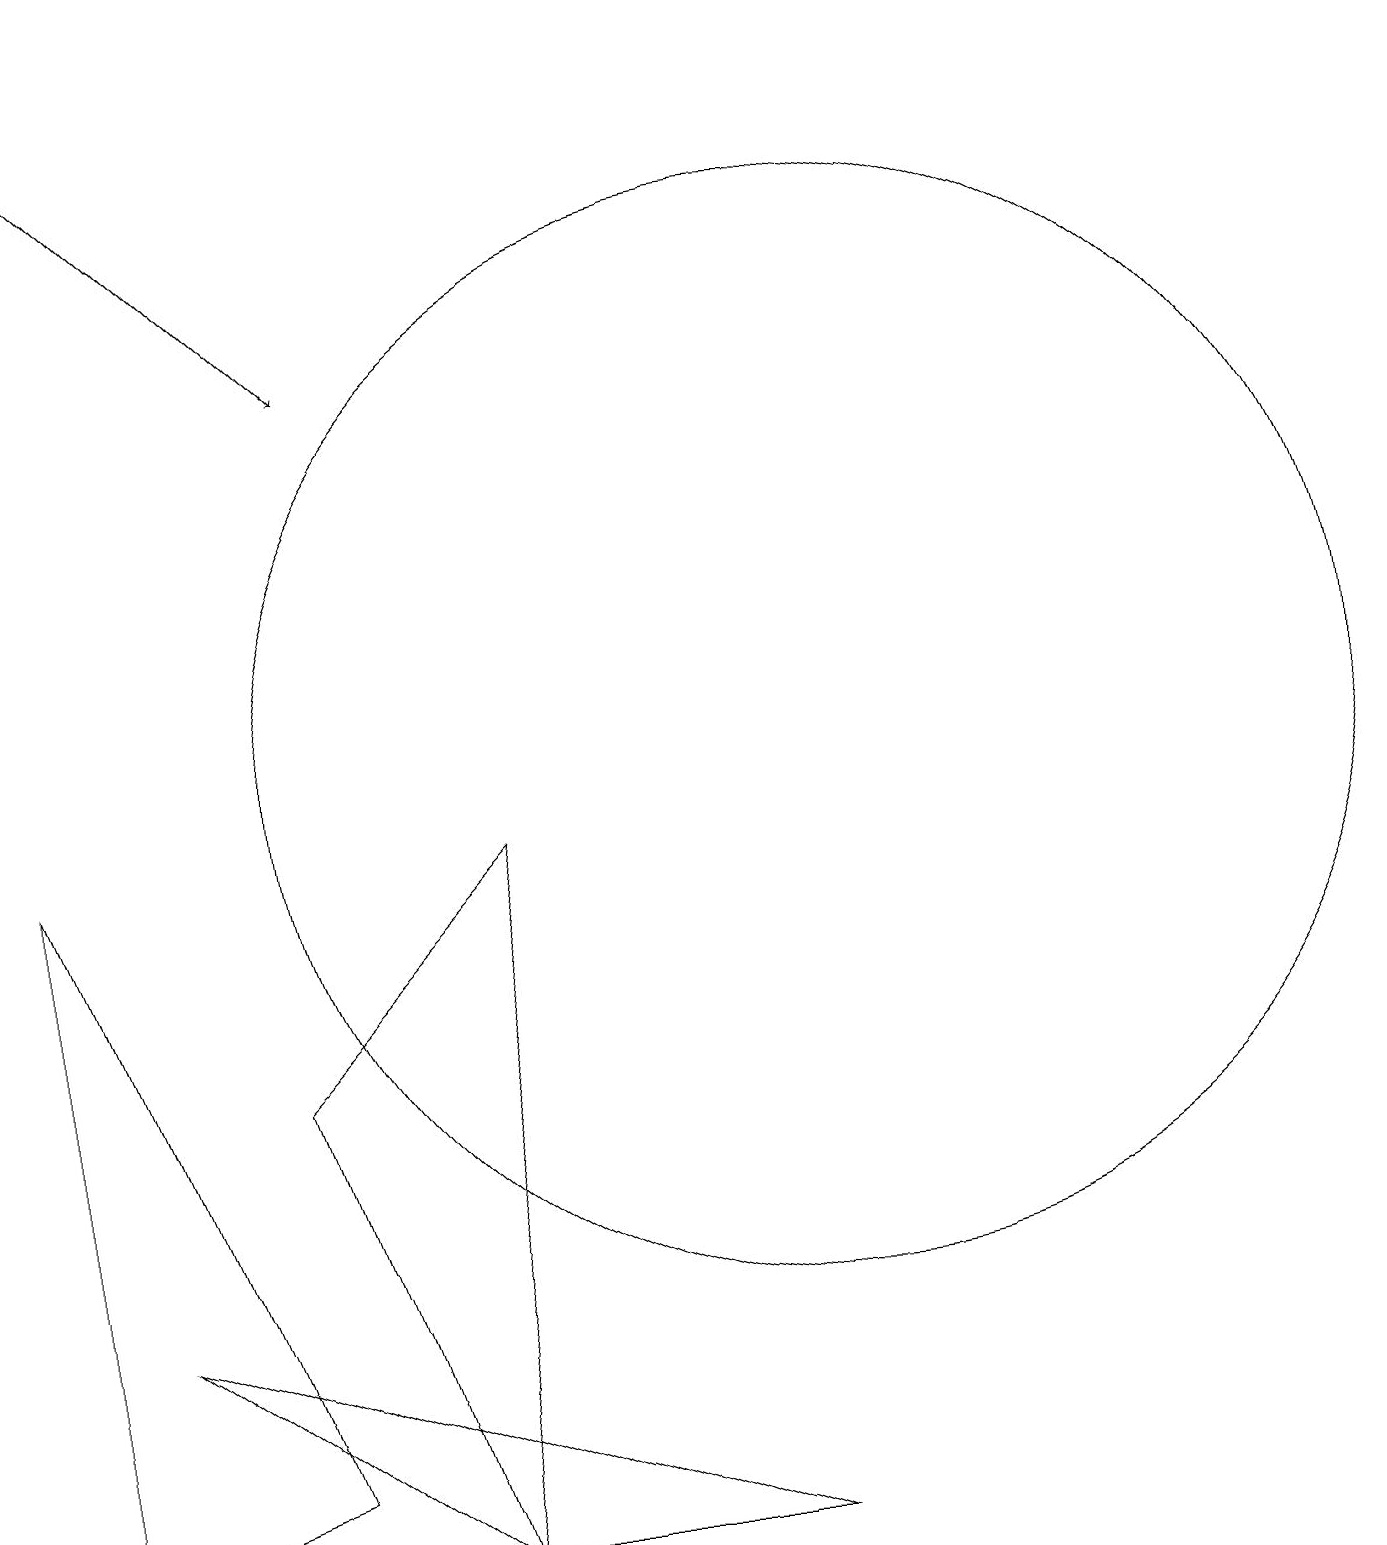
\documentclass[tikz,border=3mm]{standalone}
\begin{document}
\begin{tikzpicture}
\draw (0,0) -- (0,9) -- (3,1) -- cycle;
\draw[->] (0,19) -- (4,15);
\draw (9,0) -- (1,3) -- (5,0) -- cycle;
\draw (10,10) circle (7);
\draw (6,9) -- (3,6) -- (5,0) -- cycle;
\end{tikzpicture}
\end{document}